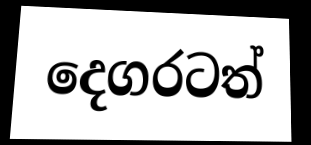
දෙගරටත්